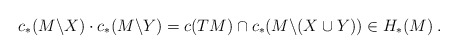
\begin{align*} c_*(M\backslash X) \cdot c_*(M\backslash Y) = c(TM)\cap c_*(M \backslash (X\cup Y)) \in H_*(M)\:. \end{align*}